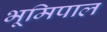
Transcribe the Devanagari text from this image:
भूमिपाल